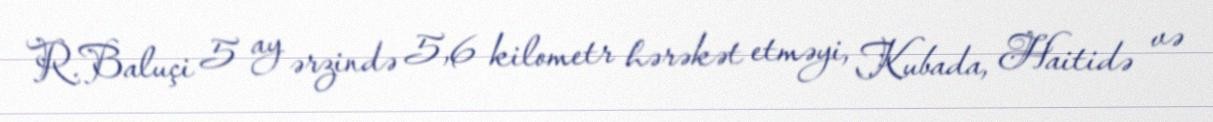
R.Baluçi 5 ay ərzində 5,6 kilometr hərəkət etməyi, Kubada, Haitidə və